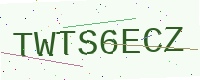
Text: TWTS6ECZ